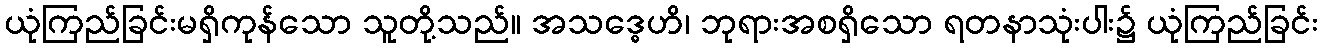
ယုံကြည်ခြင်းမရှိကုန်သော သူတို့သည်။ အသဒ္ဓေဟိ၊ ဘုရားအစရှိသော ရတနာသုံးပါး၌ ယုံကြည်ခြင်း